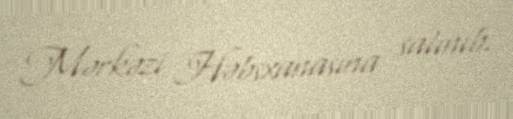
Mərkəzi Həbsxanasına salınıb.